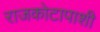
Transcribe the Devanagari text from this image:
राजकोटापाशी